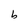
Character: b